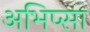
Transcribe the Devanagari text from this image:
अभिप्सा